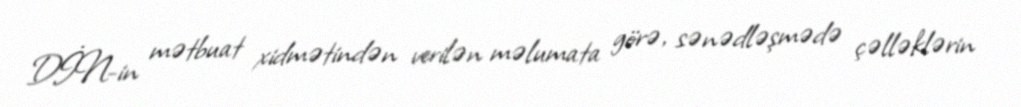
DİN-in mətbuat xidmətindən verilən məlumata görə, sənədləşmədə çəlləklərin